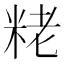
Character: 粩